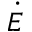
\dot { E }